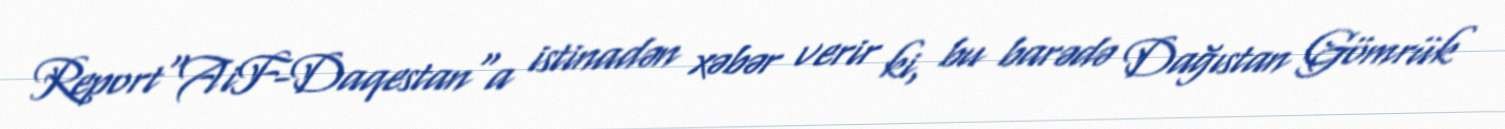
Report"AiF-Daqestan"a istinadən xəbər verir ki, bu barədə Dağıstan Gömrük